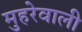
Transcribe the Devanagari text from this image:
मुहरेवाली